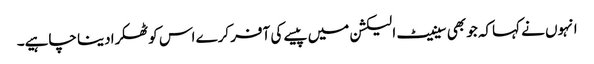
انہوں نے کہاکہ جو بھی سینیٹ الیکشن میں پیسے کی آفر کرے اس کوٹھکرا دینا چاہیے۔